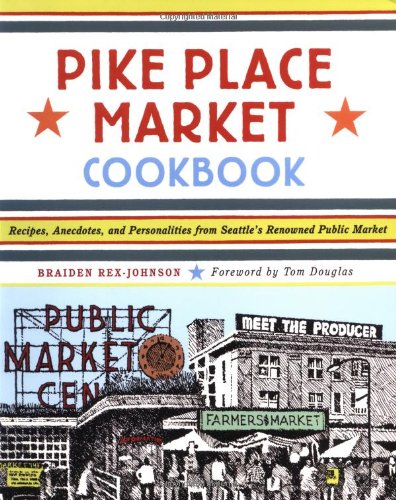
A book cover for Pike Place Market Cookbook: Recipes, Anecdotes, and Personalities from Seattle's Renowned Public Market; Braiden Rex-Johnson; Cookbooks, Food & Wine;